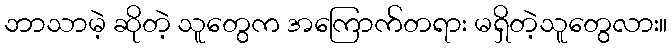
ဘာသာမဲ့ ဆိုတဲ့ သူတွေက အကြောက်တရား မရှိတဲ့သူတွေလား။